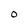
Character: O